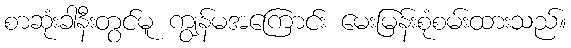
စာဆုံးခါနီးတွင်မူ ကျွန်မအကြောင်း မေးမြန်းစုံစမ်းထားသည်။